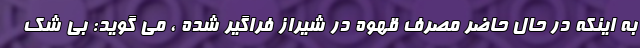
به اینکه در حال حاضر مصرف قهوه در شیراز فراگیر شده ، می گوید: بی شک